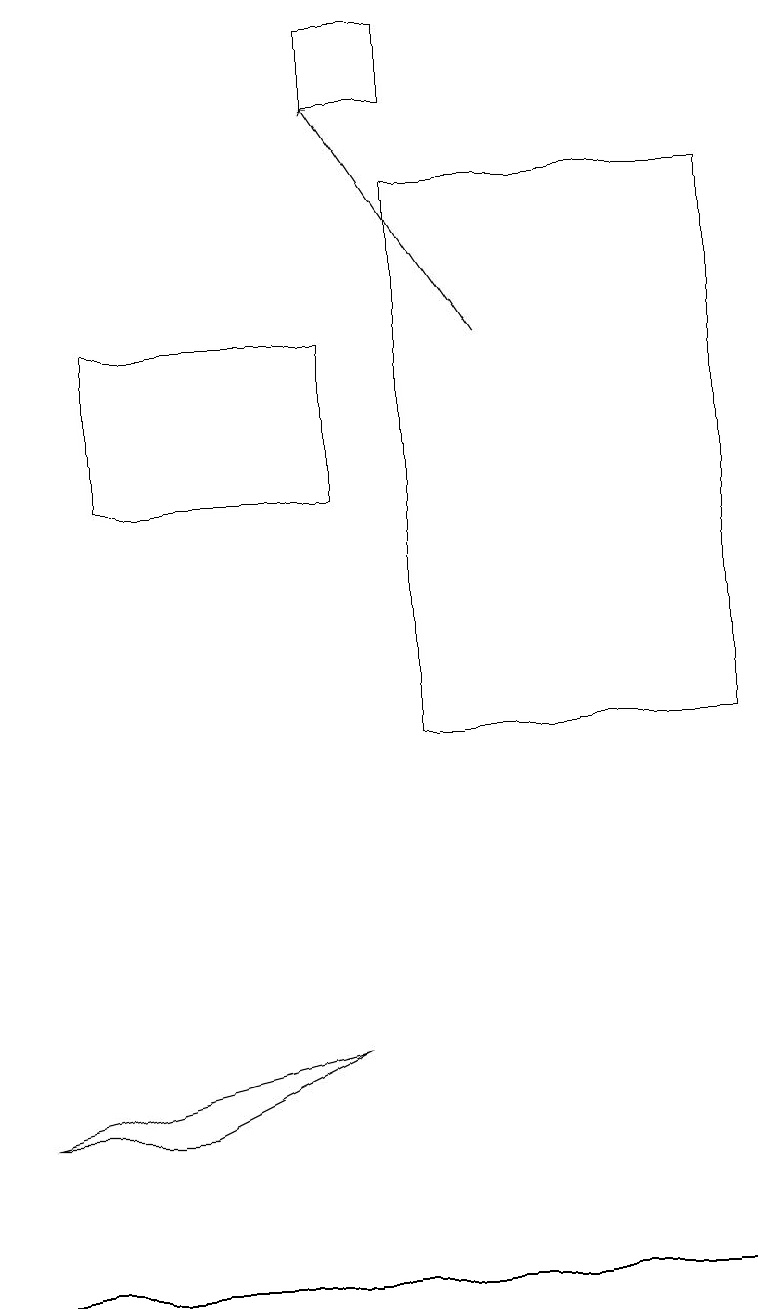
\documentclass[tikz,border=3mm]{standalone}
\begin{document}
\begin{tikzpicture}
\draw (2,5) -- (0,5) -- (4,6) -- cycle;
\draw (5,19) rectangle (4,18);
\draw (4,15) rectangle (1,13);
\draw (9,3) -- (2,3) -- (0,3) -- cycle;
\draw[->] (6,15) -- (4,18);
\draw (9,10) rectangle (5,17);
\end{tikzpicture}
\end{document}